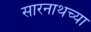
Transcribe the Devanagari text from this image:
सारनाथच्या